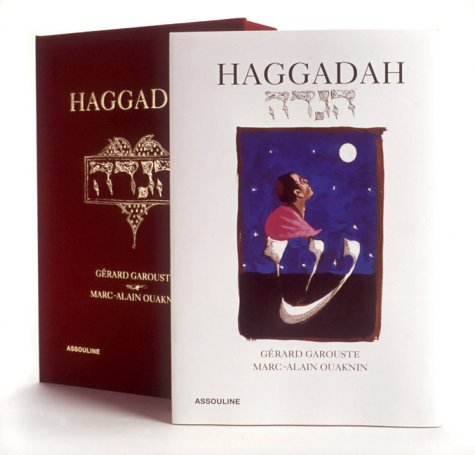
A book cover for Haggadah: A Celebration of the Seder Ceremony; Marc-Alain Ouaknin; Religion & Spirituality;